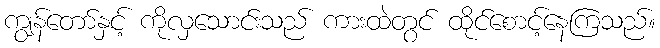
ကျွန်တော်နှင့် ကိုလှသောင်းသည် ကားထဲတွင် ထိုင်စောင့်နေကြသည်။